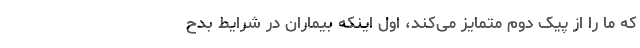
که ما را از پیک دوم متمایز می‌کند، اول اینکه بیماران در شرایط بدح